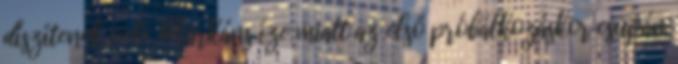
díszítenek vele. Markáns íze miatt az első próbálkozáskor csupán